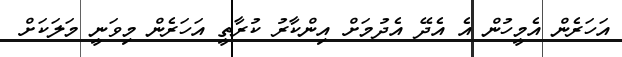
އަހަރެން އެމީހުން އެ އެދޭ އެދުމަށް އިންކާރު ކުރާތީ އަހަރެން މިވަނީ މަލަކަށް